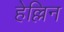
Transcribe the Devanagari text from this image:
हेल्लिन